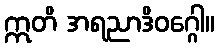
ဣတိ အရညာဒိဝဂ္ဂေါ။